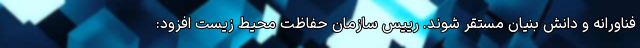
فناورانه و دانش بنیان مستقر شوند. رییس سازمان حفاظت محیط زیست افزود: